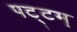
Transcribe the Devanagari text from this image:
पट्टम्